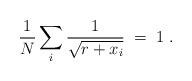
LaTeX: \begin{align*}{1\over N} \sum_i{1\over \sqrt{r+x_i}}\;=\;1 \; .\end{align*}